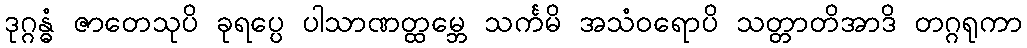
ဒုဂ္ဂန္ဓံ ဇာတေသုပိ ခုရပ္ပေ ပါသာဏတ္ထမ္ဘေ သင်္ကမိ အသံဝရောပိ သတ္တာတိအာဒိ တဂ္ဂရုကာ